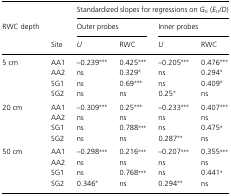
<table><thead><tr><td></td><td></td><td colspan="4"><b>Standardized slopes for regressions on <i>G<sub>n</sub></i> (<i>E<sub>n</sub>/D</i>)</b></td></tr><tr><td><b>RWC depth</b></td><td></td><td colspan="2"><b>Outer probes</b></td><td colspan="2"><b>Inner probes</b></td></tr><tr><td></td><td><b>Site</b></td><td><b><i>U</i></b></td><td><b>RWC</b></td><td><b><i>U</i></b></td><td><b>RWC</b></td></tr></thead><tbody><tr><td>5 cm</td><td>AA1</td><td>–0.239***</td><td>0.425***</td><td>–0.205***</td><td>0.476***</td></tr><tr><td></td><td>AA2</td><td>ns</td><td>0.329*</td><td>ns</td><td>0.294*</td></tr><tr><td></td><td>SG1</td><td>ns</td><td>0.69***</td><td>ns</td><td>0.409*</td></tr><tr><td></td><td>SG2</td><td>ns</td><td>ns</td><td>0.25*</td><td>ns</td></tr><tr><td>20 cm</td><td>AA1</td><td>–0.309***</td><td>0.25***</td><td>–0.233***</td><td>0.407***</td></tr><tr><td></td><td>AA2</td><td>ns</td><td>ns</td><td>ns</td><td>ns</td></tr><tr><td></td><td>SG1</td><td>ns</td><td>0.788***</td><td>ns</td><td>0.475*</td></tr><tr><td></td><td>SG2</td><td>ns</td><td>ns</td><td>0.287**</td><td>ns</td></tr><tr><td>50 cm</td><td>AA1</td><td>–0.298***</td><td>0.216***</td><td>–0.207***</td><td>0.355***</td></tr><tr><td></td><td>AA2</td><td>ns</td><td>ns</td><td>ns</td><td>ns</td></tr><tr><td></td><td>SG1</td><td>ns</td><td>0.768***</td><td>ns</td><td>0.441*</td></tr><tr><td></td><td>SG2</td><td>0.346*</td><td>ns</td><td>0.294**</td><td>ns</td></tr></tbody></table>